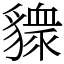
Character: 䝦